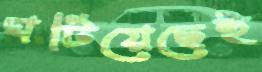
ঘটিয়েছেই